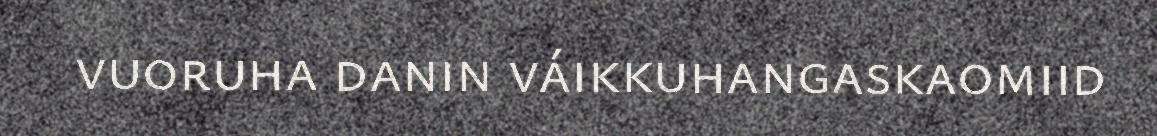
vuoruha danin váikkuhangaskaomiid